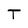
Character: T